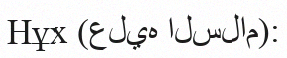
Нұх (عليه السلام):